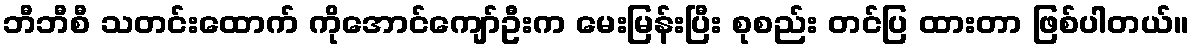
ဘီဘီစီ သတင်းထောက် ကိုအောင်ကျော်ဦးက မေးမြန်းပြီး စုစည်း တင်ပြ ထားတာ ဖြစ်ပါတယ်။